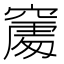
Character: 𥧻